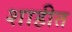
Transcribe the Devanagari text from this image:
शाहीत